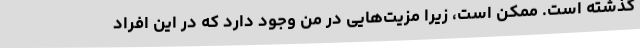
گذشته است. ممکن است، زیرا مزیت‌هایی در من وجود دارد که در این افراد